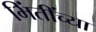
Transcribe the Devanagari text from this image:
भिंतींच्या